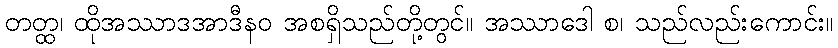
တတ္ထ၊ ထိုအဿာဒအာဒီနဝ အစရှိသည်တို့တွင်။ အဿာဒေါ စ၊ သည်လည်းကောင်း။